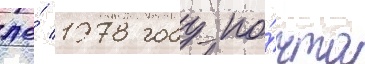
же́ 1978 году по́чта